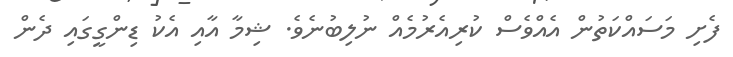
ފެށި މަސައްކަތުން އެއްވެސް ކުރިއެރުމެއް ނުލިބުނެވެ. ޝިމާ އާއި އެކު ޑިންގީގައި ދެން